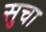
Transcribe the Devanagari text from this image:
सुचा